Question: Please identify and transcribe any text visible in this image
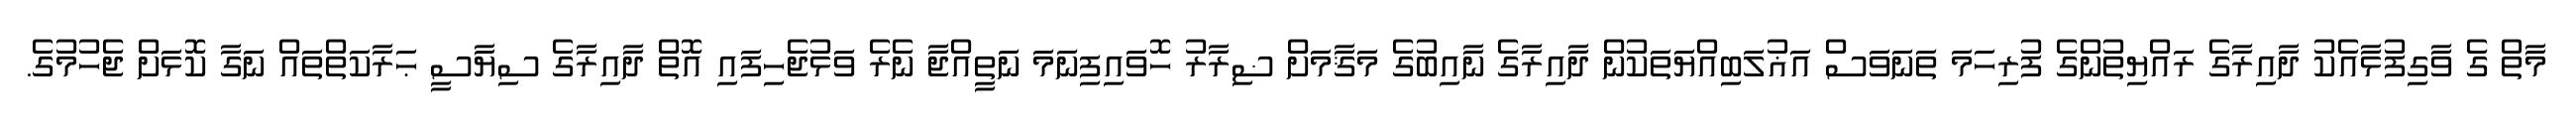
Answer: މާތް ގެ ވާގިފުޅާއެކު ދާއިރާގެ ރައްޔިތުންގެ ފުރިހަމަ ތަނަވަސް އަޣުލަބިއްޔަތަކުން ދާއިރާގެ ނާއިބުގެ މަޤާމަށް ޟިރާރު ހޮވައިފިނަމަ ނަތީއްޖާ ނެރެ ވަޅުޖެހިފައި އޮތް ދާއިރާގެ ސިޔާސީ ޙަރާކަތްތައް ނަގާ ކޮޅަށް ޖެހުމުގެ.